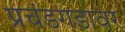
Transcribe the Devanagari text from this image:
प्रचंडगडावर